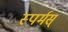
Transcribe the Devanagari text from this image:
स्पर्मस्‌